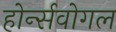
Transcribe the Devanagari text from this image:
होर्न्सवोगल